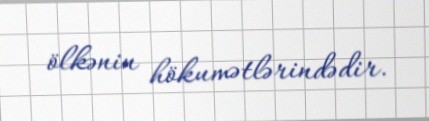
ölkənin hökumətlərindədir.